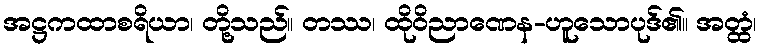
အဋ္ဌကထာစရိယာ၊ တို့သည်။ တဿ၊ ထိုဝိညာဏေန-ဟူသောပုဒ်၏။ အတ္ထံ၊